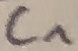
Text: C1